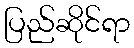
ပြည်ဆိုင်ရာ